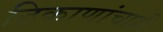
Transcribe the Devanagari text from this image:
ठिकाणांचाही